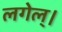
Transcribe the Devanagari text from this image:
लगेल्।